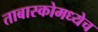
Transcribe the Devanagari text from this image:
ताबास्कोमध्येच